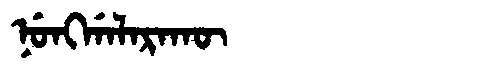
Manchu: ᠨᡠᠩᡤᠠᠯᠠᡵᠠᡴᡡ
Romanization: NUNGGALARAKŪ